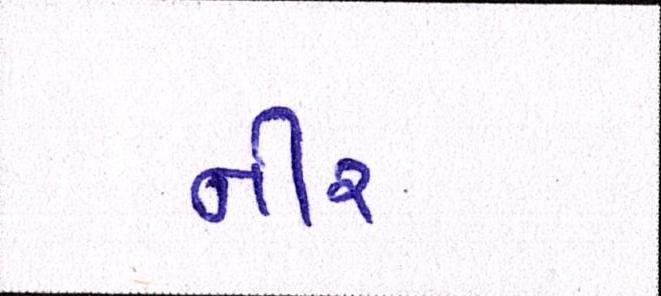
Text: નીર